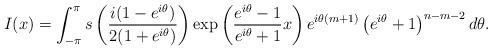
LaTeX: \begin{align*}I(x)=\int_{-\pi}^{\pi}s\left( \frac{i(1-e^{i\theta})}{2(1+e^{i\theta})}\right) \exp\left( \frac{e^{i\theta}-1}{e^{i\theta}+1}x\right)e^{i\theta(m+1)}\left( e^{i\theta}+1\right) ^{n-m-2}d\theta. \end{align*}